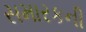
સમારકની